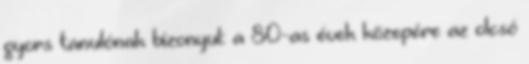
gyors tanulónak bizonyul: a 80-as évek közepére az olcsó